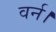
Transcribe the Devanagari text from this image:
वर्न।